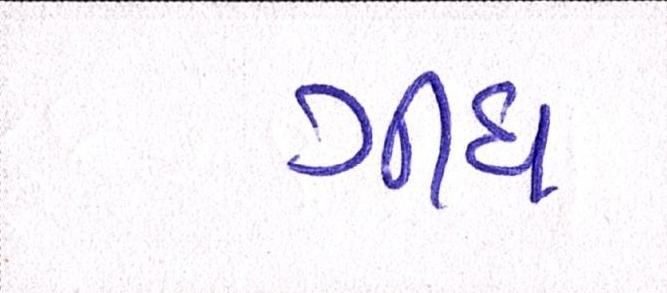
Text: ગીધ